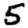
Digit: 5